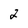
Character: 2